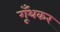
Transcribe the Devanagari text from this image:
गूँथकर